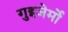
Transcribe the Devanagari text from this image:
गुइजेर्मो